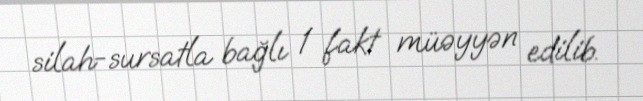
silah-sursatla bağlı 1 fakt müəyyən edilib.